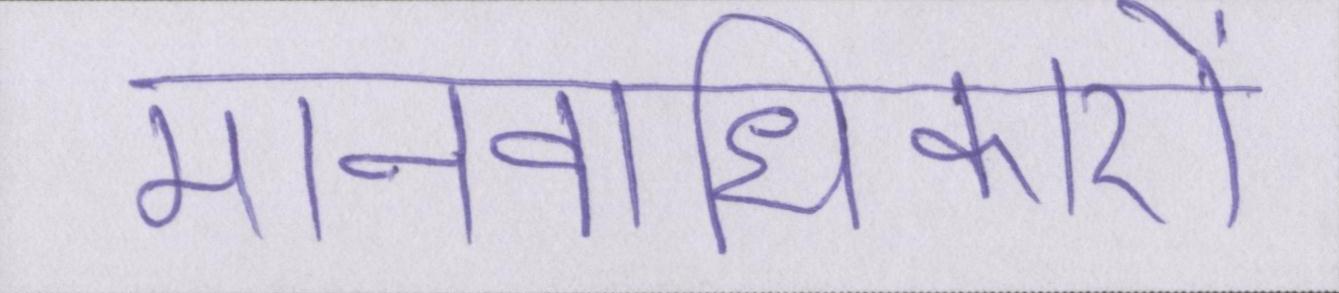
मानवाधिकारों